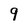
Character: 9